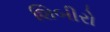
શિબીરો